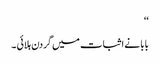
‘‘
بابا نے اثبات میں گردن ہلائی ۔